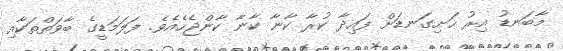
މާބަނޑު އިރު ހަށިގަނޑަށް ފައިދާ ކުރާ ކާނާ ކާނާ ކާންޖެހެއެވެ. ފަލަމަޑީގެ ބާވަތްތަކާއި